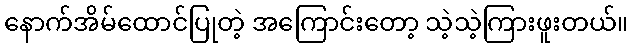
နောက်အိမ်ထောင်ပြုတဲ့ အကြောင်းတော့ သဲ့သဲ့ကြားဖူးတယ်။